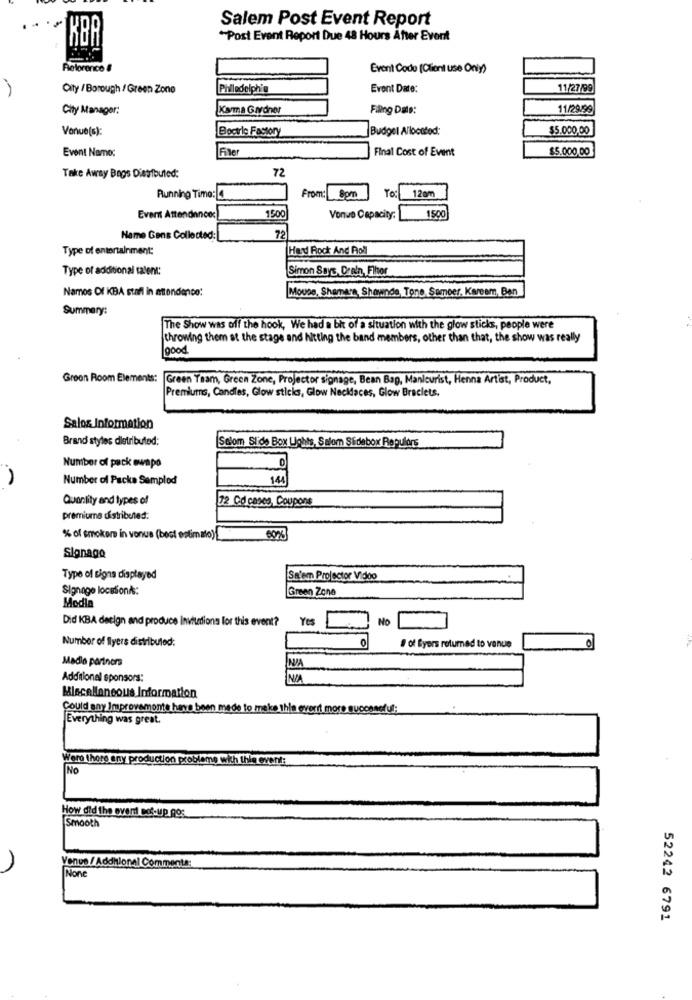
Salem Post Event Report
KBA
"Post Event Report Due 48 Hours After Event
Retoronce 8
Event Code (Client use Only)
City / Borough / Green Zone
Philedelphia
Event Date:
11/27/99
City Manager:
Karma Gardner
Filling Date:
11/29/99
Vonue(s):
Bootle Factory
Budget Allocated:
$5.000,00
Event Name:
Fixer
Final Cost of Event
$5.000,00
72
Take Away Bags Distributed:
From:
120m
Running Time: 4
8pm
1500
Evert Attendance:
1500
Vonvo Capacity:
Name Gens Collected:[
72
Type of entertainment:
Hard Rock And Roll
Type of additional talent:
Simon Says, Drain, Flitor
Names Of KBA staff in attendance:
Mouse, Shemare, Shownde, Tono Sameer, Kareem, Ban
Summary:
The Show was off the hook, We had a bit of a situation with the glow sticks, people were
throwing them at the stage and hitting the band members, other than that, the show was really
good
Green Room Elements: Green Team, Green Zone, Projector signage, Bean Bag, Manicurist, Henna Artist, Product,
Premiums, Candles, Glow sticks, Glow Necklaces, Glow Braclets,
Salos Information
Brand styles dletributed:
Selom Slide Box Lights, Salom Sidebox Repulors
Number of pack ownpo
Number of Packe Semplod
14
Quantity and types of
72 Cd cases, Coupons
premiums distributed:
% of smoker in venue (best estimato) __
60%
Signage
Type of signs displayed
Sa'em Projector Vidoo
Signage locesont:
Green Zone
Modle
Did KBA design and produce invitations for this event?
Yes
No
Number of Ilyers distributed:
# of Byers returned to venue
0
Madio partners
Additional sponsors:
Miscellaneous Information
Could any Improvemonte have been made to make this everit more successful:
Everything was great.
Were there any production probleme with this event:
INO
How did the event sot-up gos
Smooth
Venue / Additional Comments:
52242 6791